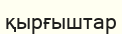
қырғыштар